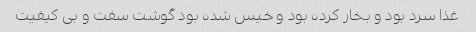
غذا سرد بود و بخار کرده بود و خیس شده بود گوشت سفت و بی کیفیت